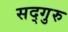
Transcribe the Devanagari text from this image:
सद्‍गुरु